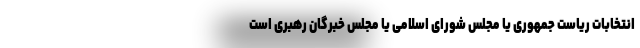
انتخابات ریاست جمهوری یا مجلس شورای اسلامی یا مجلس خبرگان رهبری است